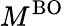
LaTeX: M^{\mathrm{BO}}